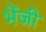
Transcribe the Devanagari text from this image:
भेंजी